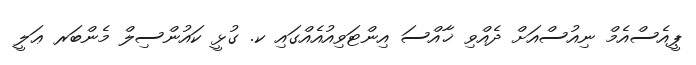
ޕީއެސްއެމް ނިއުސްއަށް ދެއްވި ޚާއްސަ އިންޓަވިއުއެއްގައި ކ. ގުޅީ ކައުންސިލް މެންބަރ ޢަލީ